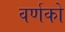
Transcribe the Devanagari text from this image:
वर्णको